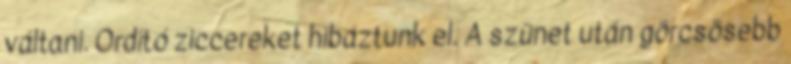
váltani. Ordító ziccereket hibáztunk el. A szünet után görcsösebb